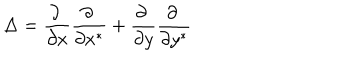
\Delta = \frac { \partial \ } { \partial x } \frac { \partial \ } { \partial x ^ { * } } + \frac { \partial \ } { \partial y } \frac { \partial \ } { \partial y ^ { * } }